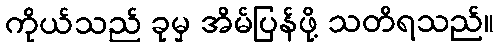
ကိုယ်သည် ခုမှ အိမ်ပြန်ဖို့ သတိရသည်။